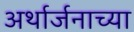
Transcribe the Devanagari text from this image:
अर्थार्जनाच्या